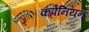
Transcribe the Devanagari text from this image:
कंपेनियन